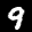
Label: 9